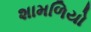
શામળિયો